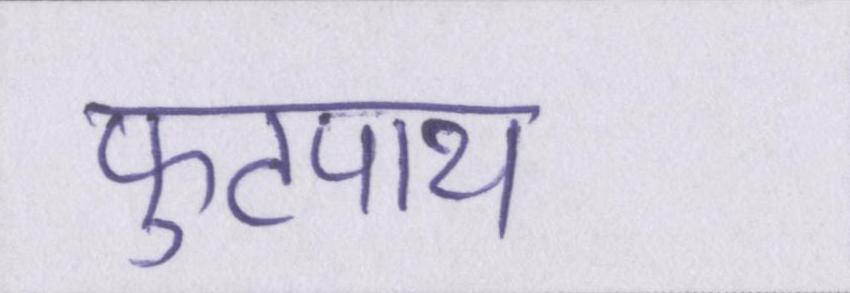
फुटपाथ